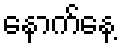
နောက်နေ့